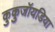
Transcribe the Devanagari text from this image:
कुकुजॉयडिया